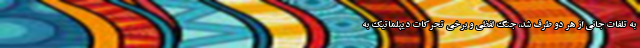
به تلفات جانی از هر دو طرف شد، جنگ لفظی و برخی تحرکات دیپلماتیک به